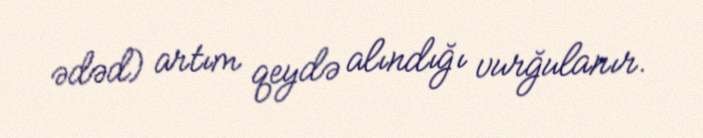
ədəd) artım qeydə alındığı vurğulanır.